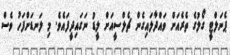
ޕެނަލްޓީ ގޯލުގެ ތެރެއަށް ވައްދާލައިގެން ޗެލްސީއަށް ލީޑު ނަގައިދީފައެވެ. މި ލަނޑަށްފަހު ވެސް